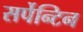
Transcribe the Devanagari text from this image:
सर्पेन्टिन